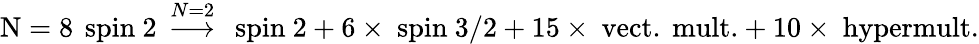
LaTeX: \mathrm{N=8}\, \mathrm{\mathbf~spin~2}\, \stackrel{N=2}{\longrightarrow}\, \mathrm{\mathbf~spin~2}+6\times\mathrm{\mathbf~spin~3/2}+15\times\mathrm{\mathbf~vect.~mult.}+10\times\mathrm{\mathbf~hypermult.}